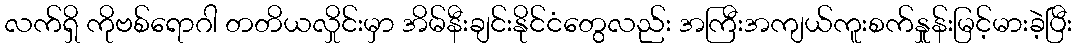
လက်ရှိ ကိုဗစ်ရောဂါ တတိယလှိုင်းမှာ အိမ်နီးချင်းနိုင်ငံတွေလည်း အကြီးအကျယ်ကူးစက်နှုူန်းမြင့်မားခဲ့ပြီး